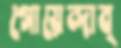
গোয়েন্দাব্